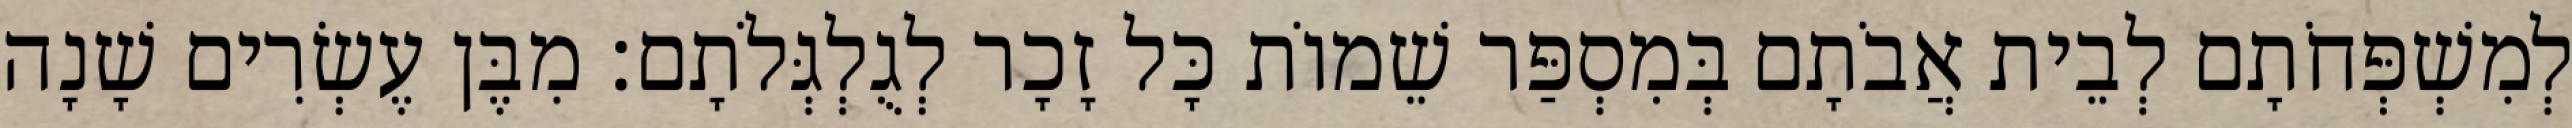
לְמִשְׁפְּחֹתָם לְבֵית אֲבֹתָם בְּמִסְפַּר שֵׁמוֹת כָּל זָכָר לְגֻלְגְּלֹתָם׃ מִבֶּן עֶשְׂרִים שָׁנָה